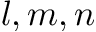
l , m , n